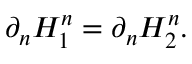
\partial _ { n } H _ { 1 } ^ { n } = \partial _ { n } H _ { 2 } ^ { n } .